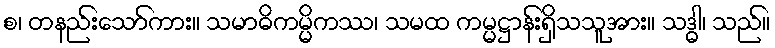
စ၊ တနည်းသော်ကား။ သမာဓိကမ္မိကဿ၊ သမထ ကမ္မဋ္ဌာန်းရှိသသူအား။ သဒ္ဓါ၊ သည်။